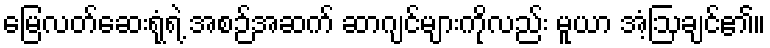
မြေလတ်ဆေးရုံရဲ့ အစဉ်အဆက် ဆာဂျင်များကိုလည်း မူယာ အံ့ဩချင်၏။